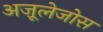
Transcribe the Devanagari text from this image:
अज़ूलेजोस